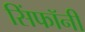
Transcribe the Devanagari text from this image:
सिंफॉनी